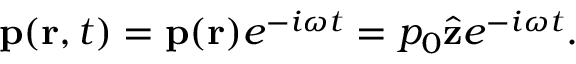
\mathbf { p } ( \mathbf { r } , t ) = \mathbf { p } ( \mathbf { r } ) e ^ { - i \omega t } = p _ { 0 } { \hat { \mathbf { z } } } e ^ { - i \omega t } .